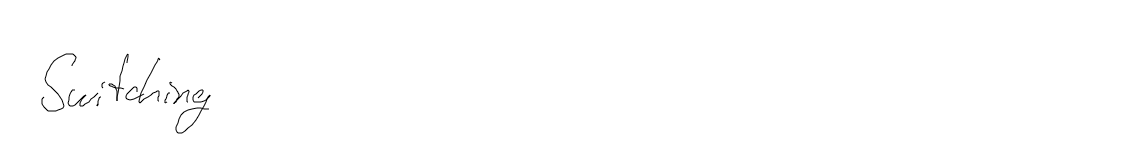
Switching